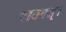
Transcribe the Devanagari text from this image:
चावपत्।